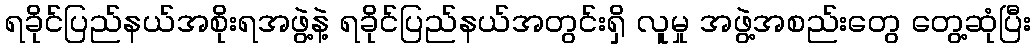
ရခိုင်ပြည်နယ်အစိုးရအဖွဲ့နဲ့ ရခိုင်ပြည်နယ်အတွင်းရှိ လူမှု အဖွဲ့အစည်းတွေ တွေ့ဆုံပြီး